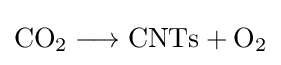
{\mathrm {CO} {\vphantom {A}}_{\smash[{t}]{2}}{}\mathrel {\longrightarrow } {}\mathrm {CNTs} {}+{}\mathrm {O} {\vphantom {A}}_{\smash[{t}]{2}}}